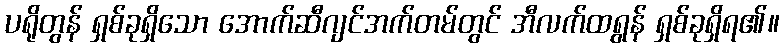
ပရိုတွန် ရှစ်ခုရှိသော အောက်ဆီဂျင်အက်တမ်တွင် အီလက်ထရွန် ရှစ်ခုရှိရ၏။